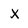
Character: X